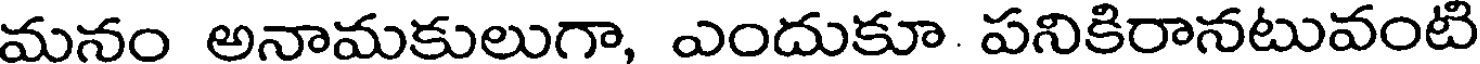
మనం అనామకులుగా, ఎందుకూ పనికిరానటువంటి